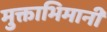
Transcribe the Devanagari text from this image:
मुक्ताभिमानी